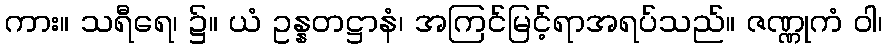
ကား။ သရီရေ၊ ၌။ ယံ ဥန္နတဋ္ဌာနံ၊ အကြင်မြင့်ရာအရပ်သည်။ ဇဏ္ဏုကံ ဝါ၊